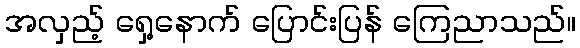
အလှည့် ရှေ့နောက် ပြောင်းပြန် ကြေညာသည်။